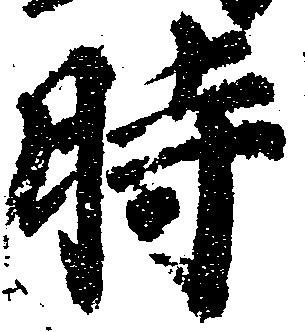
時